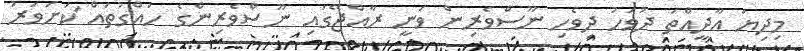
މިދިޔަ އާދީއްތަ ދުވަހު ދިވެހި ނޫސްވެރިން ވަނީ ރާއްޖޭގައި ނޫސްވެރިންގެ ހައްގުތައް ަކަށަވަރު